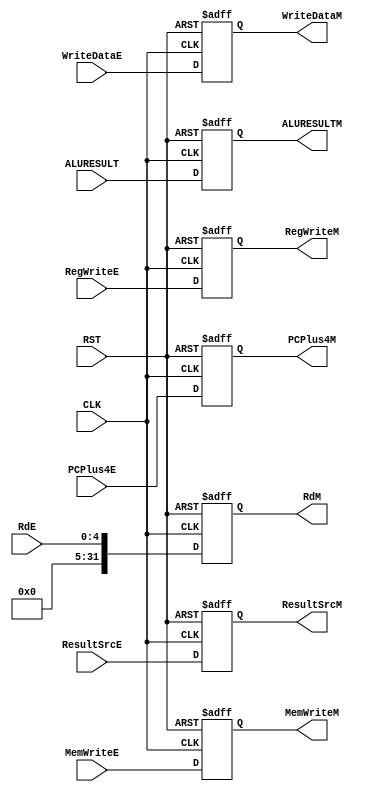
module Execute_REG #(parameter WIDTH = 32)(
input CLK,
input RST,
input [WIDTH-1:0] ALURESULT,
input [1:0] ResultSrcE,
input MemWriteE,
input RegWriteE,
input [WIDTH-1:0] WriteDataE,
input [4:0] RdE,
input [WIDTH-1:0] PCPlus4E,
output reg [WIDTH-1:0] ALURESULTM,
output reg [1:0] ResultSrcM,
output reg MemWriteM,
output reg RegWriteM,
output reg [WIDTH-1:0] WriteDataM,
output reg [WIDTH-1:0] RdM,
output reg [WIDTH-1:0] PCPlus4M);


always @(posedge CLK or negedge RST)
 begin
	if(!RST)
	 begin
		ALURESULTM <='b0;
		ResultSrcM <='b0;
 		MemWriteM <='b0;
 		RegWriteM <='b0;
 		WriteDataM <='b0;
 		RdM <='b0;
		PCPlus4M <='b0;
	 end
	else
	 begin
		ALURESULTM <= ALURESULT;
		ResultSrcM <= ResultSrcE;
 		MemWriteM <= MemWriteE;
 		RegWriteM <= RegWriteE;
 		WriteDataM <= WriteDataE;
 		RdM <= RdE;
		PCPlus4M <= PCPlus4E;
	 end
 end
endmodule